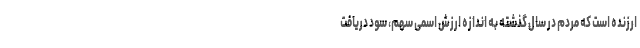
ارزنده است که مردم در سال گذشته به اندازه ارزش اسمی سهم، سود دریافت